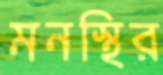
মনস্থির